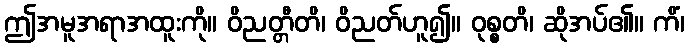
ဤအမူအရာအထူးကို။ ဝိညတ္တီတိ၊ ဝိညတ်ဟူ၍။ ဝုစ္စတိ၊ ဆိုအပ်၏။ ကိံ၊